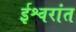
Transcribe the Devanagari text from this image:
ईश्वरांत